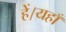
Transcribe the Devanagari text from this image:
हें।यहाँ